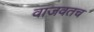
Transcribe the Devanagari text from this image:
वाजवतच